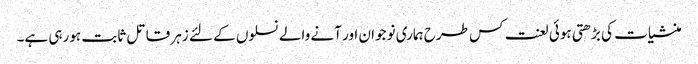
منشیات کی بڑھتی ہوئی لعنت کس طرح ہماری نوجوان اور آنے والے نسلوں کے لئے زہر قاتل ثابت ہورہی ہے۔